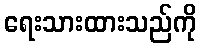
ရေးသားထားသည်ကို